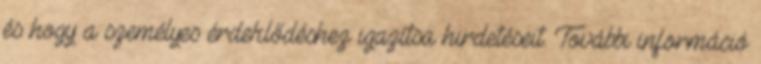
és hogy a személyes érdeklődéshez igazítsa hirdetéseit. További információ